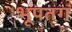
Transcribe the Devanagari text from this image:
भूपतग